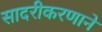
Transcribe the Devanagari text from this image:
सादरीकरणाने